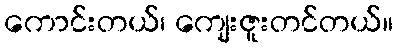
ကောင်းတယ်၊ ကျေးဇူးတင်တယ်။